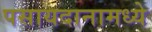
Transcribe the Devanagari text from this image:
पसायदानामध्ये